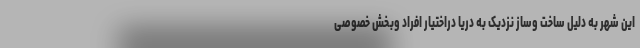
این شهر به دلیل ساخت وساز نزدیک به دریا دراختیار افراد وبخش خصوصی